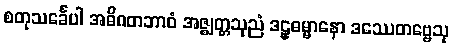
စတုသင်္ခေပါ အဓိဂတဘာဝံ အဇ္ဈတ္တသုညံ ဒဠှဓမ္မာနော ဒဿေတဗ္ဗေသု